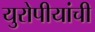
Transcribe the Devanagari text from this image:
युरोपीयांची